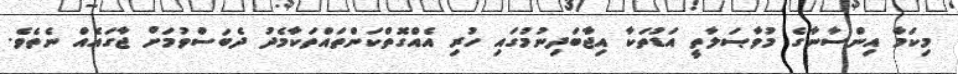
މިކަމާ އިންސާނާގެ މުވާޞަލާތީ އަޑުތަކާ އިޖާބަދިނުމުގައި ހުރި އެއްގޮތްކަންތައްތަކާމެދު ދެބަސްވުމަށް ޖާގައެއް ނެތެވެ.